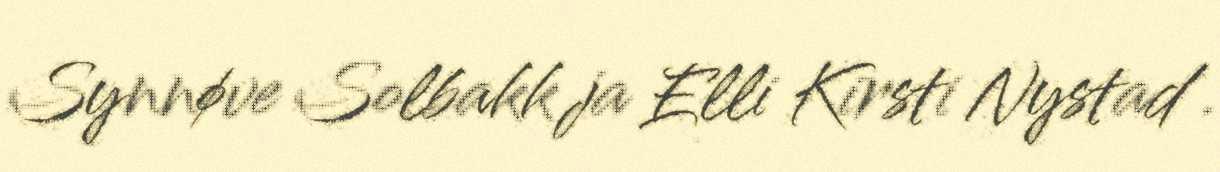
Synnøve Solbakk ja Elli Kirsti Nystad .